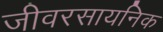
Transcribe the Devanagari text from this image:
जीवरसायनिक